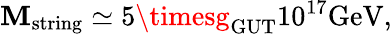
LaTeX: \mathbf{M}_{\mathrm{{string}}}\simeq5\timesg_{\mathrm{{GUT}}}10^{17}\mathrm{{GeV}},